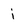
Character: i